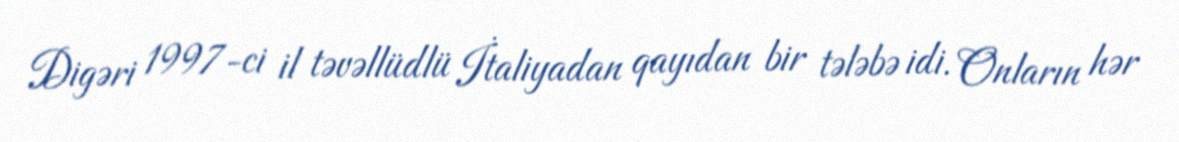
Digəri 1997-ci il təvəllüdlü İtaliyadan qayıdan bir tələbə idi. Onların hər